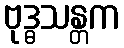
ဗုဒ္ဓသန္တက